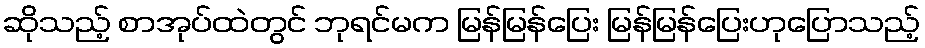
ဆိုသည့် စာအုပ်ထဲတွင် ဘုရင်မက မြန်မြန်ပြေး မြန်မြန်ပြေးဟုပြောသည့်